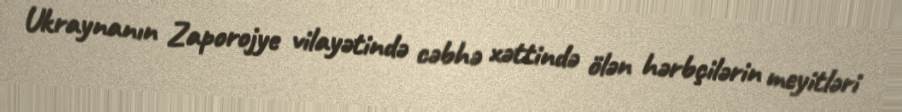
Ukraynanın Zaporojye vilayətində cəbhə xəttində ölən hərbçilərin meyitləri